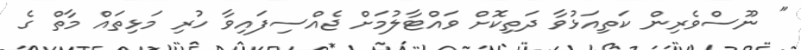
" ނޫސްވެރިން ކަތިއަޅުވާ ދަތިކޮށް ވައްޓާލުމަށް ޖެއްސިފައިވާ ހުރި މަޅިތައް މާތް ގެ